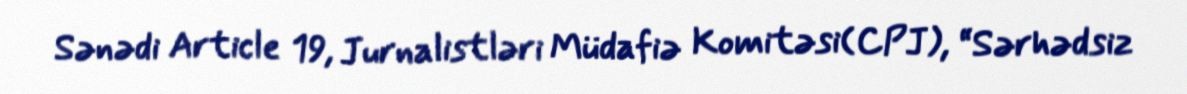
Sənədi Article 19, Jurnalistləri Müdafiə Komitəsi(CPJ), “Sərhədsiz